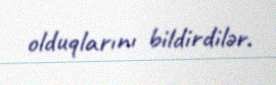
olduqlarını bildirdilər.